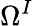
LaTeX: \Omega^{I}